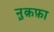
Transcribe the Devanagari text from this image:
नु़क़फ़ा